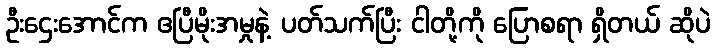
ဦးဌေးအောင်က ဧပြီမိုးအမှုနဲ့ ပတ်သက်ပြီး ငါတို့ကို ပြောစရာ ရှိတယ် ဆိုပဲ